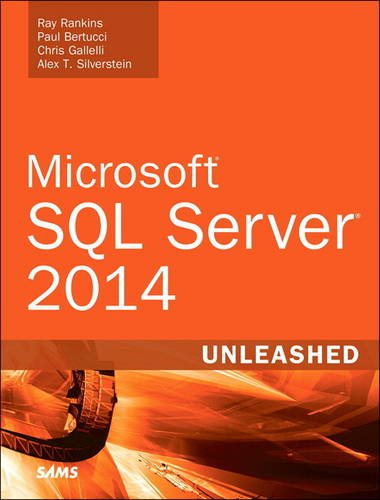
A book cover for Microsoft SQL Server 2014 Unleashed; Ray Rankins; Computers & Technology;